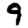
Digit: 9